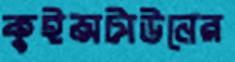
কুইন্সটাউনের